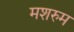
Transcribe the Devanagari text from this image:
मशरुम